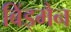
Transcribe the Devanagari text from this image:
बिंड्मैन